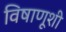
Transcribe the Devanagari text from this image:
विषाणूशी